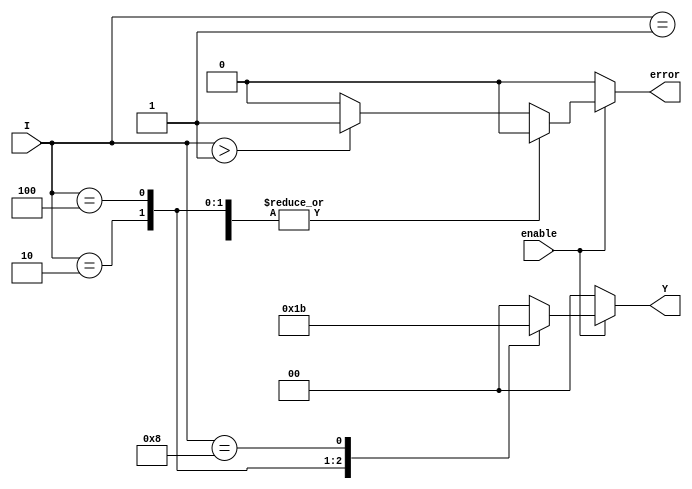
module binary_encoder (
    input wire enable,        // Enable signal
    input wire [3:0] I,      // 4 input lines
    output reg [1:0] Y,      // 2 output lines
    output reg error         // Error signal
);

    always @(*) begin
        // Default outputs
        Y = 2'b00;           // Default output when no input is active
        error = 1'b0;       // Default to no error

        if (enable) begin
            case (I)
                4'b0001: Y = 2'b00; // I0 active
                4'b0010: Y = 2'b01; // I1 active
                4'b0100: Y = 2'b10; // I2 active
                4'b1000: Y = 2'b11; // I3 active
                default: begin
                    // Check for multiple inputs active
                    if (I > 4'b0001) begin
                        error = 1'b1; // Set error if multiple inputs are active
                    end
                end
            endcase
        end else begin
            // If not enabled, output should be treated as inactive
            Y = 2'b00; // Default output when disabled
        end
    end

endmodule